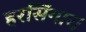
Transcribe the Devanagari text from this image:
हरसिंगार।